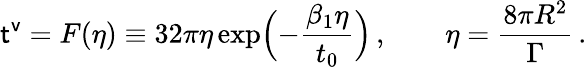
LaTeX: {\sf t^{v}}=F(\eta)\equiv 32\pi\eta\exp\Bigl(-\frac{\beta_{1}\eta}{t_{0}}\Bigr)\, ,\qquad\eta=\frac{8\pi R^{2}}{\Gamma}\, .